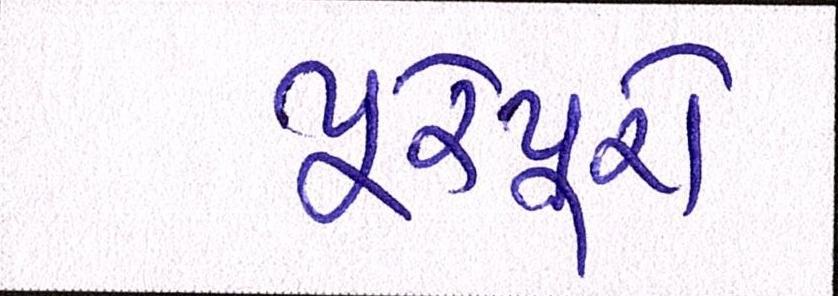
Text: પૂરેપૂરો